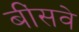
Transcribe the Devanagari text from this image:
बींसवे